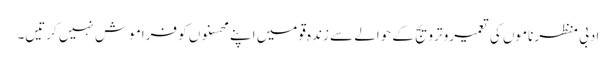
ادبی منظر ناموں کی تعمیرو ترویج کے حوالے سے زندہ قومیں اپنے محسنوں کو فراموش نہیں کرتیں۔